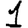
Digit: 1